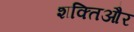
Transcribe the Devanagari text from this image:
शक्तिऔर